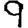
Digit: 9